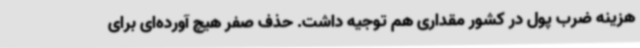
هزینه ضرب پول در کشور مقداری هم توجیه داشت. حذف صفر هیچ آورده‌ای برای